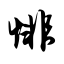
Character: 悱